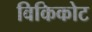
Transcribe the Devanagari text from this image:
विकिकोट